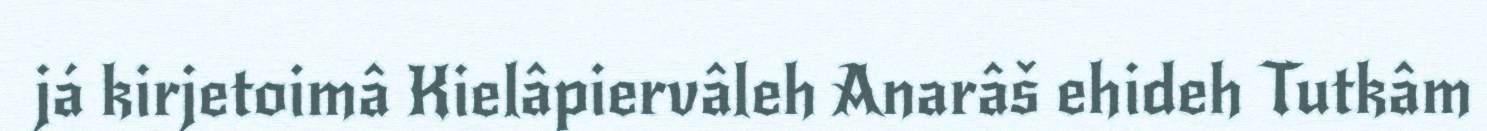
já kirjetoimâ Kielâpiervâleh Anarâš ehideh Tutkâm